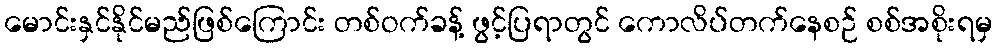
မောင်းနှင်နိုင်မည်ဖြစ်ကြောင်း တစ်ဝက်ခန့် ဖွင့်ပြရာတွင် ကောလိပ်တက်နေစဉ် စစ်အစိုးရမှ